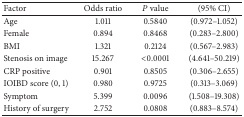
<table><thead><tr><td><b>Factor</b></td><td><b>Odds ratio </b></td><td><b><i>P</i> value </b></td><td><b>(95% CI)</b></td></tr></thead><tbody><tr><td>Age</td><td>1.011</td><td>0.5840</td><td>(0.972–1.052)</td></tr><tr><td>Female</td><td>0.894</td><td>0.8468</td><td>(0.283–2.800)</td></tr><tr><td>BMI</td><td>1.321</td><td>0.2124</td><td>(0.567–2.983)</td></tr><tr><td>Stenosis on image </td><td>15.267</td><td>&lt;0.0001</td><td>(4.641–50.219)</td></tr><tr><td>CRP positive</td><td>0.901</td><td>0.8505</td><td>(0.306–2.655)</td></tr><tr><td>IOIBD score (0, 1)</td><td>0.980</td><td>0.9725</td><td>(0.313–3.069)</td></tr><tr><td>Symptom</td><td>5.399</td><td>0.0096</td><td>(1.508–19.308)</td></tr><tr><td>History of surgery </td><td>2.752</td><td>0.0808</td><td>(0.883–8.574)</td></tr></tbody></table>